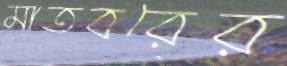
মাতবরের